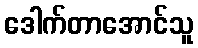
ဒေါက်တာအောင်သူ